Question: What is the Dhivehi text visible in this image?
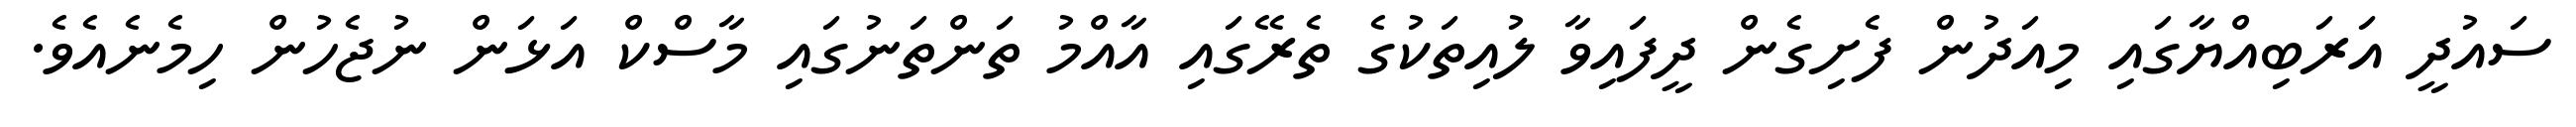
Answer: ސައުދީ އަރަބިއްޔާގައި މިއަދުން ފެށިގެން ދީފައިވާ ލުއިތަކުގެ ތެރޭގައި އާއްމު ތަންތަނުގައި މާސްކް އަޅަން ނުޖެހުން ހިމެނެއެވެ.